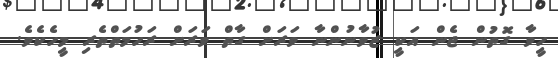
ހީވާ ގޮތުން ޖެން އަކީ ޒުވާނުންނާ ވަރަށް ގާތް ވަރަށް ރަހުމަތްތެރި މީހެކެވެ.